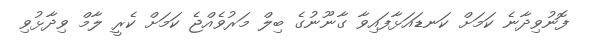
ފޮނުވިދާނެ ކަމަށް ކަނޑައަޅާފައިވާ ގާނޫނުގެ ބިލް މަރުވެއްޖެ ކަމަށް ކެރީ ލާމް ވިދާޅުވި